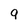
Character: 9